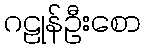
ဂဠုန်ဦးစော